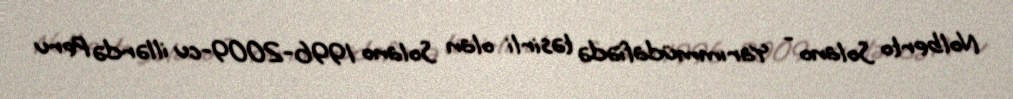
Nolberto Solano - Yarımmüdafiədə təsirli olan Solano 1996-2009-cu illərdə Peru